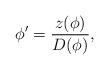
LaTeX: \begin{align*}\phi'=\frac{z(\phi)}{D(\phi)},\end{align*}